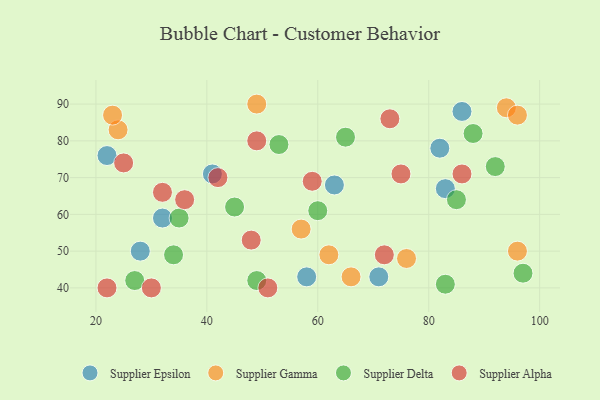
{"axis": {"x": "GDP", "y": "Life Expectancy"}, "legend": ["Supplier Alpha", "Supplier Delta", "Supplier Epsilon", "Supplier Gamma"], "data": [{"x": "28", "y": 50, "type": "Supplier Epsilon"}, {"x": "82", "y": 78, "type": "Supplier Epsilon"}, {"x": "83", "y": 67, "type": "Supplier Epsilon"}, {"x": "32", "y": 59, "type": "Supplier Epsilon"}, {"x": "86", "y": 88, "type": "Supplier Epsilon"}, {"x": "63", "y": 68, "type": "Supplier Epsilon"}, {"x": "71", "y": 43, "type": "Supplier Epsilon"}, {"x": "22", "y": 76, "type": "Supplier Epsilon"}, {"x": "58", "y": 43, "type": "Supplier Epsilon"}, {"x": "41", "y": 71, "type": "Supplier Epsilon"}, {"x": "49", "y": 90, "type": "Supplier Gamma"}, {"x": "94", "y": 89, "type": "Supplier Gamma"}, {"x": "24", "y": 83, "type": "Supplier Gamma"}, {"x": "96", "y": 50, "type": "Supplier Gamma"}, {"x": "23", "y": 87, "type": "Supplier Gamma"}, {"x": "66", "y": 43, "type": "Supplier Gamma"}, {"x": "96", "y": 87, "type": "Supplier Gamma"}, {"x": "62", "y": 49, "type": "Supplier Gamma"}, {"x": "57", "y": 56, "type": "Supplier Gamma"}, {"x": "76", "y": 48, "type": "Supplier Gamma"}, {"x": "60", "y": 61, "type": "Supplier Delta"}, {"x": "34", "y": 49, "type": "Supplier Delta"}, {"x": "88", "y": 82, "type": "Supplier Delta"}, {"x": "92", "y": 73, "type": "Supplier Delta"}, {"x": "35", "y": 59, "type": "Supplier Delta"}, {"x": "85", "y": 64, "type": "Supplier Delta"}, {"x": "49", "y": 42, "type": "Supplier Delta"}, {"x": "65", "y": 81, "type": "Supplier Delta"}, {"x": "45", "y": 62, "type": "Supplier Delta"}, {"x": "83", "y": 41, "type": "Supplier Delta"}, {"x": "53", "y": 79, "type": "Supplier Delta"}, {"x": "27", "y": 42, "type": "Supplier Delta"}, {"x": "97", "y": 44, "type": "Supplier Delta"}, {"x": "51", "y": 40, "type": "Supplier Alpha"}, {"x": "25", "y": 74, "type": "Supplier Alpha"}, {"x": "49", "y": 80, "type": "Supplier Alpha"}, {"x": "48", "y": 53, "type": "Supplier Alpha"}, {"x": "30", "y": 40, "type": "Supplier Alpha"}, {"x": "36", "y": 64, "type": "Supplier Alpha"}, {"x": "86", "y": 71, "type": "Supplier Alpha"}, {"x": "42", "y": 70, "type": "Supplier Alpha"}, {"x": "75", "y": 71, "type": "Supplier Alpha"}, {"x": "73", "y": 86, "type": "Supplier Alpha"}, {"x": "22", "y": 40, "type": "Supplier Alpha"}, {"x": "32", "y": 66, "type": "Supplier Alpha"}, {"x": "59", "y": 69, "type": "Supplier Alpha"}, {"x": "72", "y": 49, "type": "Supplier Alpha"}]}